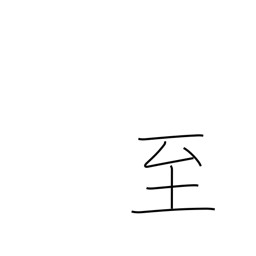
Meaning: climax